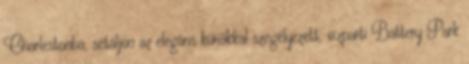
Charlestonba, sétáljon az elegáns kúriákkal szegélyezett, vízparti Battery Park